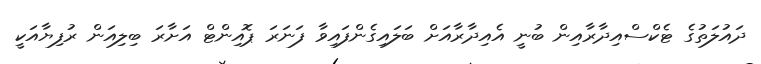
ދައުލަތުގެ ޓެކްސްއިދާރާއިން ބުނީ އެއިދާރާއަށް ބަލައިގެންފައިވާ ފަނަރަ ޕޮއިންޓް އަށާރަ ބިލިއަން ރުފިޔާއަކީ